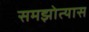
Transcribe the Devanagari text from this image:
समझोत्यास